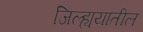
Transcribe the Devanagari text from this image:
जिल्ह्ययातील